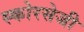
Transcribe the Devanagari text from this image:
स्कोरसेजी